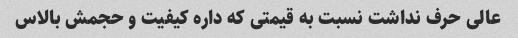
عالی حرف نداشت نسبت به قیمتی که داره کیفیت و حجمش بالاس